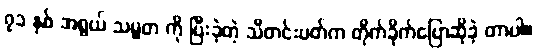
၇၁ နှစ် အရွယ် သမ္မတ ကို ပြီးခဲ့တဲ့ သီတင်းပတ်က တိုက်ခိုက်ပြောဆိုခဲ့ တာပါ။